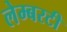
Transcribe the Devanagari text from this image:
लेम्बरटी